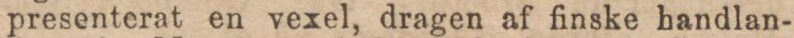
presenterat en vexel, dragen af finske handlan-